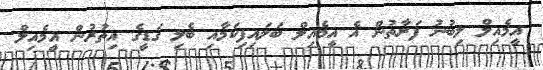
އީމެއިލް ލިބުނު ފަރާތުން އެ އީމެއިލް ބަލައިފިކަމާއި ބެލި ގަޑީގެ އިތުރުން އީމެއިލް